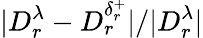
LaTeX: |D_{r}^{\lambda}-D_{r}^{\delta_{r}^{+}}|/|D_{r}^{\lambda}|